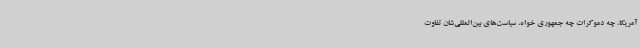
آمریکا، چه دموکرات چه جمهوری خواه، سیاست‌های بین‌المللی‌شان تفاوت